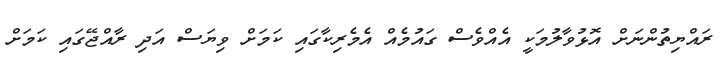
ރައްޔިތުންނަށް އޮޅުވާލުމަކީ އެއްވެސް ގައުމެއް އެމެރިކާގައި ކަމަށް ވިޔަސް އަދި ރާއްޖޭގައި ކަމަށް